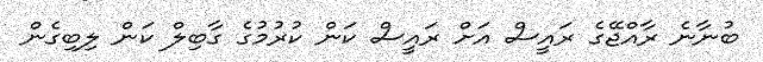
ބުނާނެ ރާއްޖޭގެ ރައީސް އަށް ރައީސް ކަން ކުރުމުގެ ގާބިލް ކަން ލިބިގެން